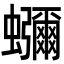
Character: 𮕖